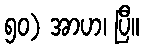
၅၀) အာဟ၊ ပြီ။